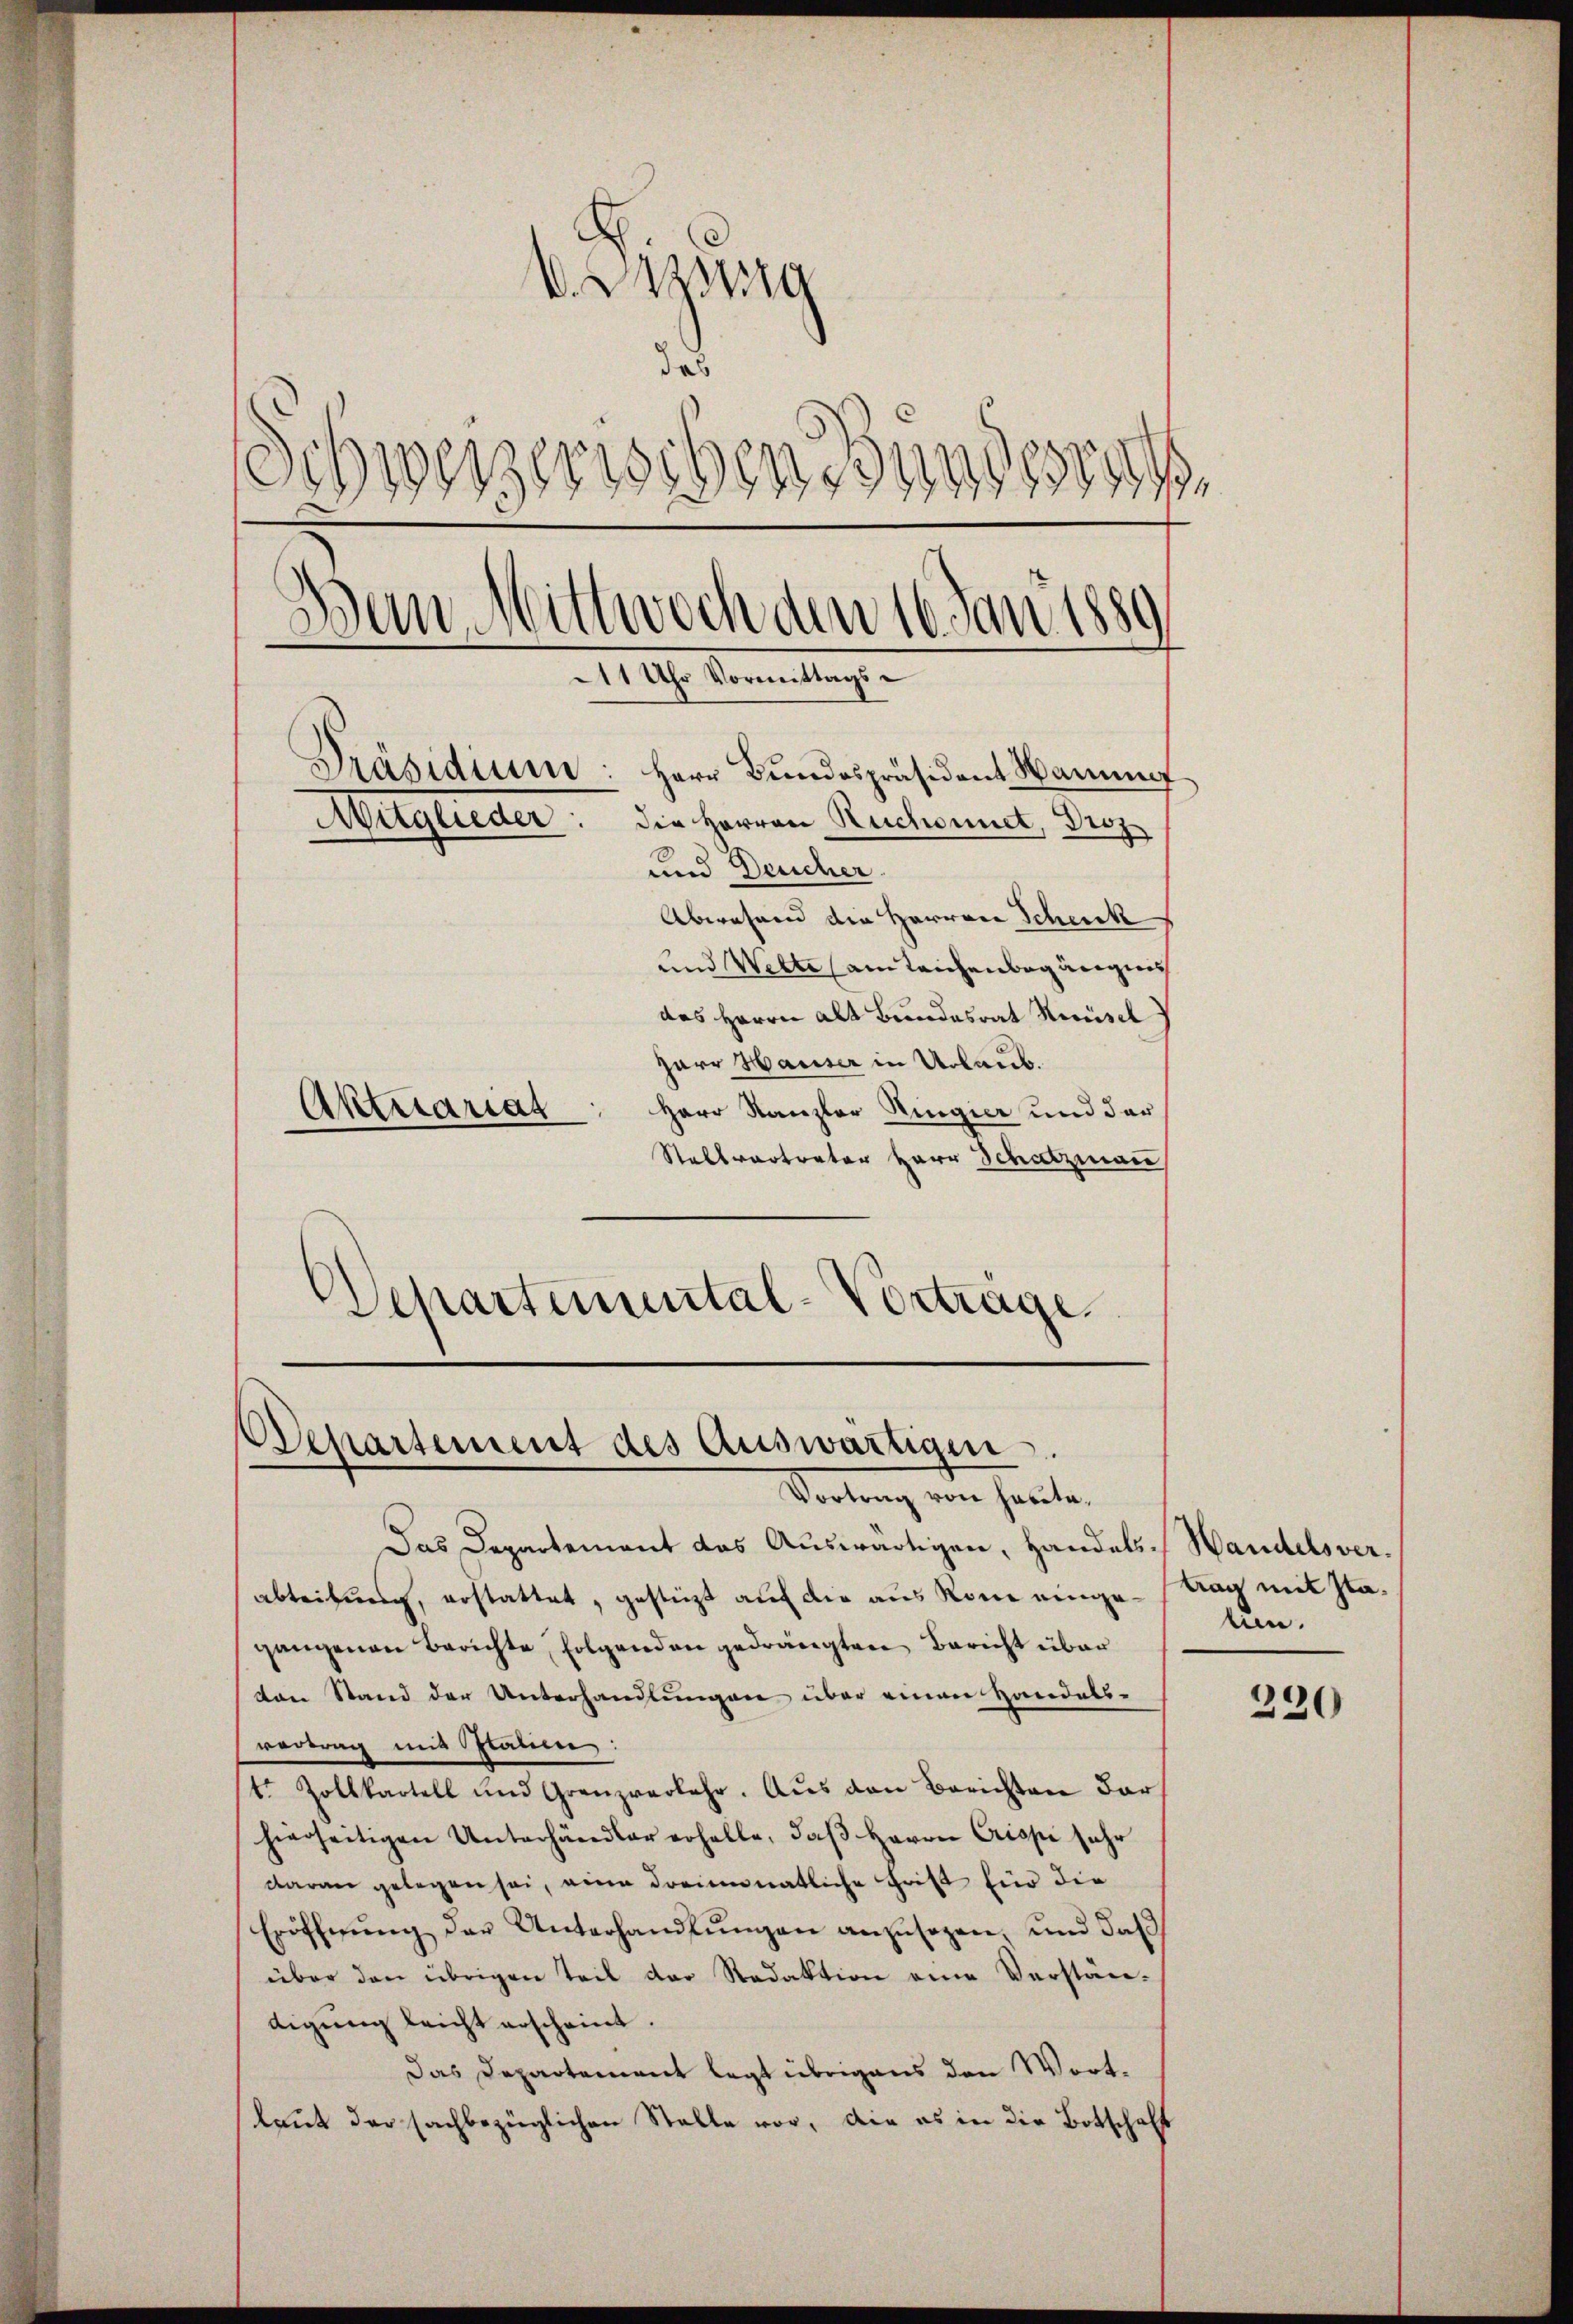
. Assig
das
Schweizerischen Bundesrech
am Mittwoch den 16. Jan. 1889
d
11 Uhr Vormittags¬
Präsidium: Herr Bundespräsident Hamme
Mitglieder: die Herren Ruchonnet, Droz
und Deucher
Abwesend die Herren Scheick
und Wette ain Teichenbegängnis
das Herrn Alt Bundesrat Knüsel
zarr Hauser in Urlaub.
Herr Kanzler Ringier und der
Aktuariat

Stellvertrator Herr Schatzmann
Departemental-Vortrage

Departement des Auswärtigen.
Vortrag von hatte,

Das Departement das Auswärtigen, Handelsableitung, erstattet, gestüzt auf die aus Rome eingegangenen Berichte, folgenden gedrängten Bericht über
ton Stand der Unterhandlungen über einen Handels-
vertrag mit Staum:
tr Zollkartell und Grenzverkehr. Aŭs den Berichten dar
hierseitigen Unterhändler erhalte, daß Herrn Crispe sehr
daran gelegen sei, eine dreimonatliche Frist für die
Eröffnŭng der Unterhandlŭngen anzusagen, und daß
über den übrigen Teil der Redaktion eine Verstän-
digung leicht erscheint.
Das Departement legt übrigens den Wortlaut der sachbezüglichen Stelle vor, die es in die Botschaft

Handelsvertrag mit Staum.

330